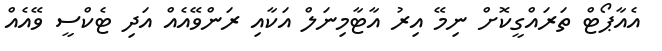
އެއާޕޯޓް ތަރައްގީކޮށް ނިމޭ އިރު އާޓާމިނަލް އަކާއި ރަންވޭއެއް އަދި ޓެކްސީ ވޭއެއް